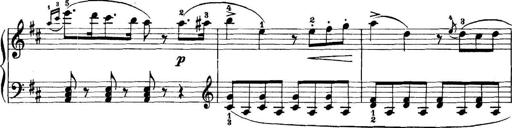
Title: 11 Sonatinas
Composer: Anton Diabelli